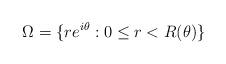
LaTeX: \begin{align*}\Omega = \{ re^{i\theta} : 0 \leq r < R(\theta) \}\end{align*}